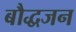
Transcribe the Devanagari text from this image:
बौद्धजन